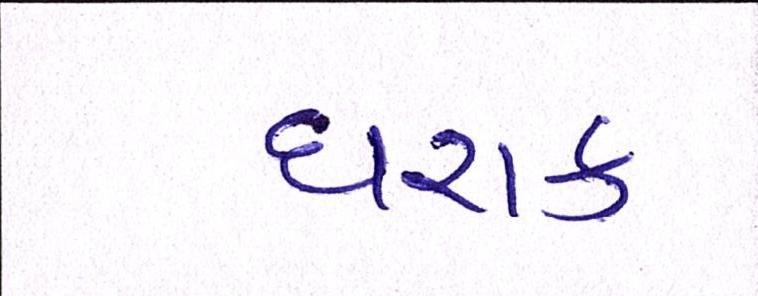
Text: ઘરાક